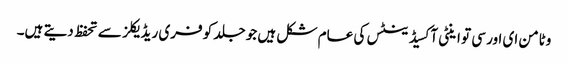
وٹامن ای اور سی تو اینٹی آکسیڈینٹس کی عام شکل ہیں جو جلد کو فری ریڈ یکلز سے تحفظ دیتے ہیں۔